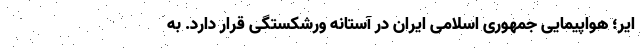
ایر؛ هواپیمایی جمهوری اسلامی ایران در آستانه ورشکستگی قرار دارد. به